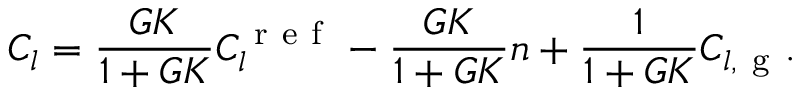
C _ { l } = \frac { G K } { 1 + G K } C _ { l } ^ { \mathrm { ~ r ~ e ~ f ~ } } - \frac { G K } { 1 + G K } n + \frac { 1 } { 1 + G K } C _ { l , \mathrm { ~ g ~ } } .